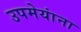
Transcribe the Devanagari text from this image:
उपमेयांना